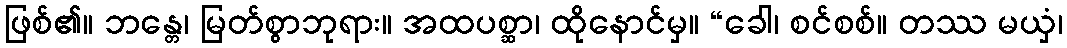
ဖြစ်၏။ ဘန္တေ၊ မြတ်စွာဘုရား။ အထပစ္ဆာ၊ ထိုနောင်မှ။ “ခေါ၊ စင်စစ်။ တဿ မယှံ၊